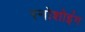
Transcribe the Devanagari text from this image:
स्नोशोइंग